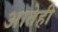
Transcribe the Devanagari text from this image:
आतेही